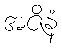
အဇိနံ